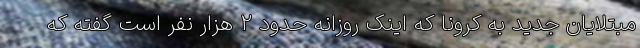
مبتلایان جدید به کرونا که اینک روزانه حدود 2 هزار نفر است گفته که